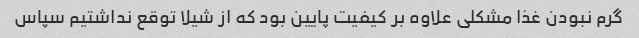
گرم نبودن غذا مشکلی علاوه بر کیفیت پایین بود که از شیلا توقع نداشتیم سپاس